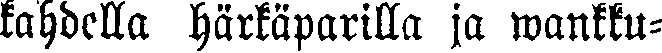
kahdella härkäparilla ja wankku-